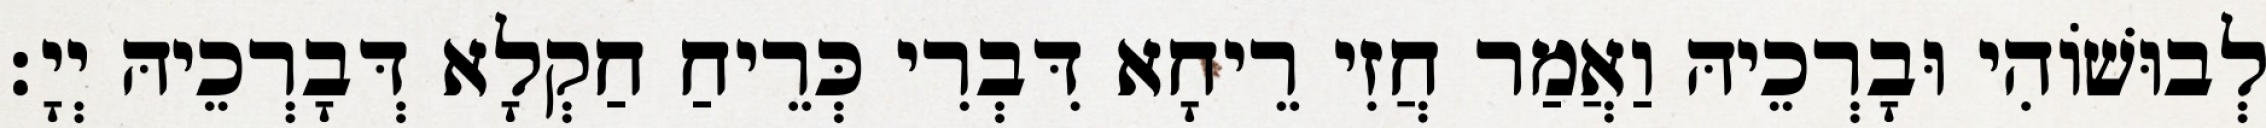
לְבוּשׁוֹהִי וּבָרְכֵיהּ וַאֲמַר חֲזִי רֵיחָא דִּבְרִי כְּרֵיחַ חַקְלָא דְּבָרְכֵיהּ יְיָ׃